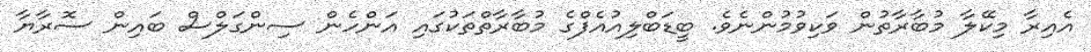
އެއިރާ މިކޭލާ މުބާރާތުން ވަކިވުމުންނެވެ. ބީޑަބްލިއުއެފްގެ މުބާރާތްތަކުގައި އަންހެން ސިންގަލްސް ބައިން ސޮރާޔާ